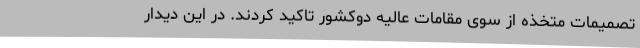
تصمیمات متخذه از سوی مقامات عالیه دوکشور تاکید کردند. در این دیدار